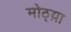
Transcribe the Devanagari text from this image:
मोठ्य़ा